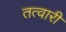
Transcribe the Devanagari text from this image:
तत्वारी